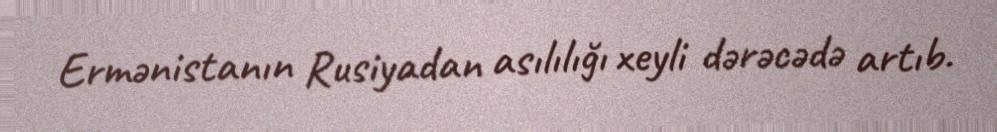
Ermənistanın Rusiyadan asılılığı xeyli dərəcədə artıb.